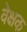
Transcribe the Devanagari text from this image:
वेक्षक